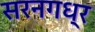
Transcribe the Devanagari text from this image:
सरनगध्र